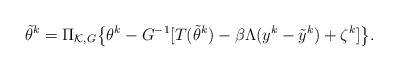
LaTeX: \begin{align*}\tilde{\theta}^{k}=\Pi_{\mathcal{K},G}\big\{\theta^{k}-G^{-1}[T(\tilde{\theta}^{k})-\beta\Lambda(y^{k}-\tilde{y}^{k})+\zeta^k]\big\}.\end{align*}